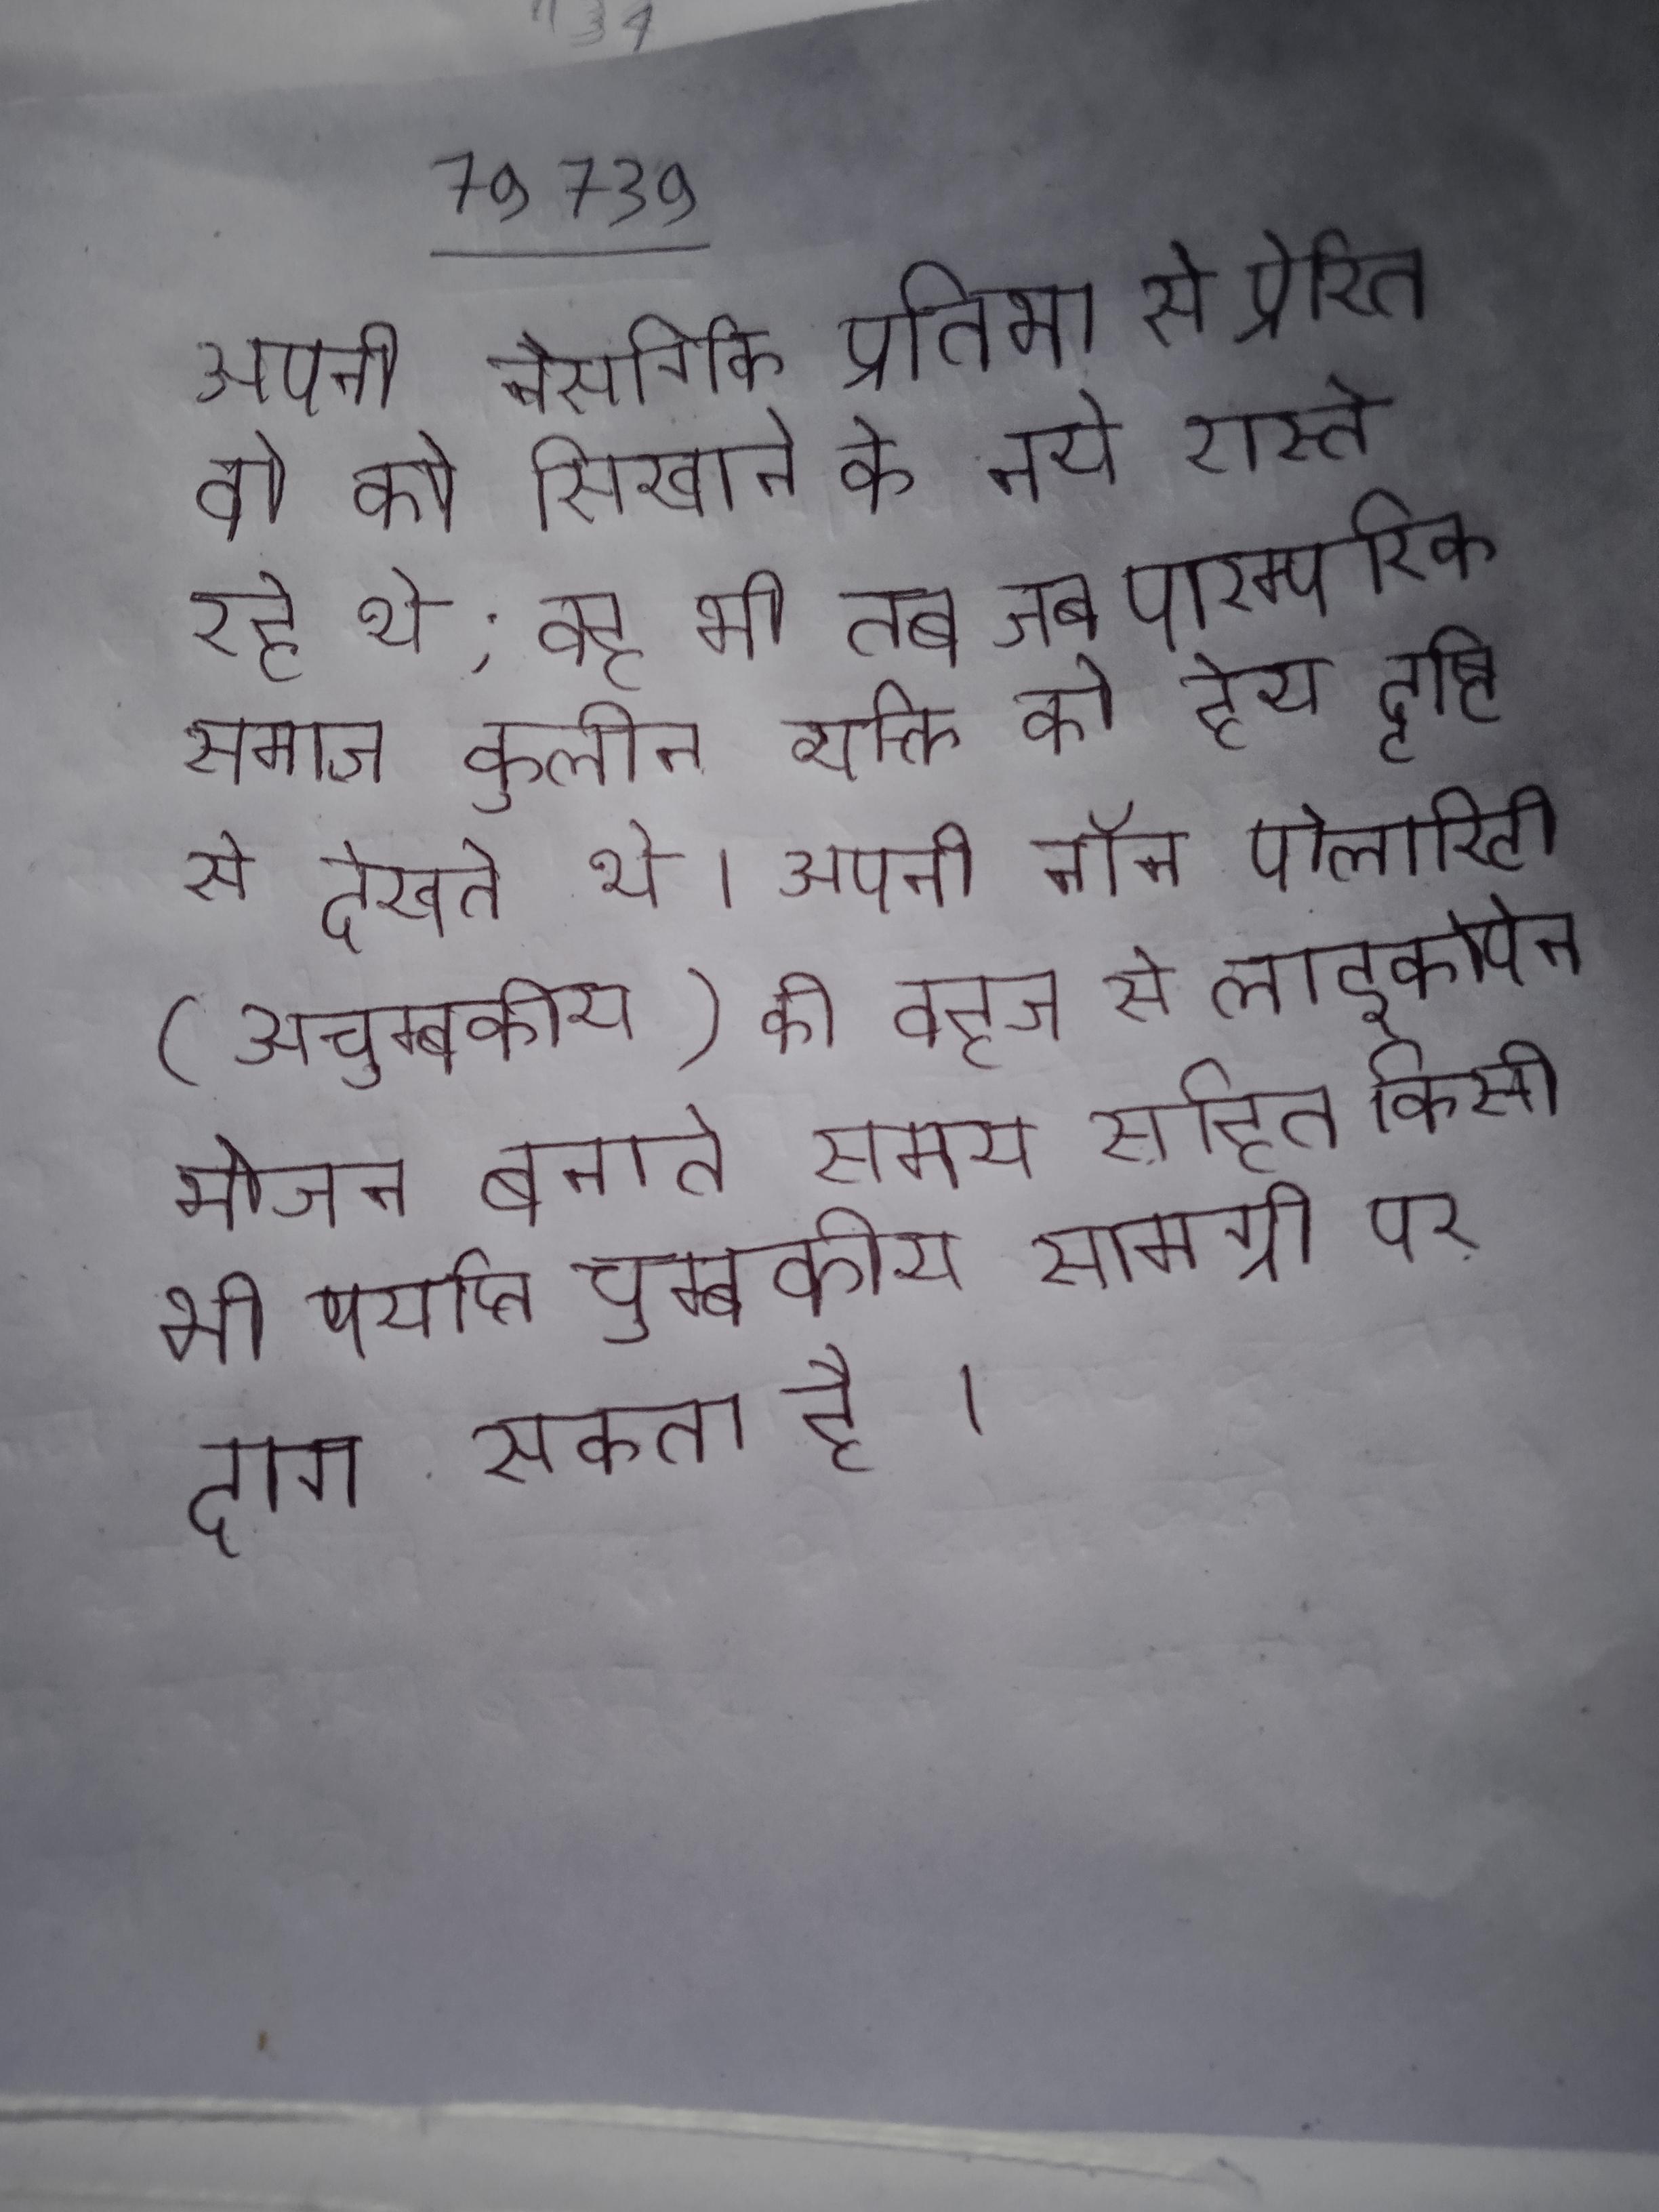
अपनी नैसर्गिक प्रतिभा से प्रेरित वो को सिखाने के नये रास्ते रहे थे; वह भी तब जब पारम्परिक समाज कुलीन व्यक्ति को हेय दृष्टि से देखते थे । अपनी नॉन-पोलारिटी (अचुम्बकीय) की वजह से लाइकोपेन भोजन बनाते समय सहित किसी भी पर्याप्त चुम्बकीय सामग्री पर दाग सकता है ।